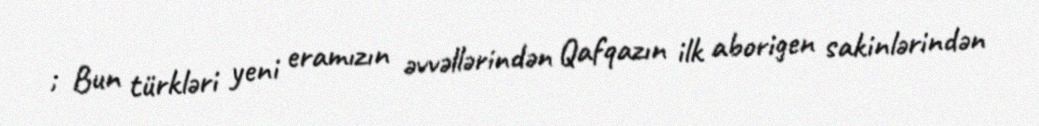
; Bun türkləri yeni eramızın əvvəllərindən Qafqazın ilk aborigen sakinlərindən